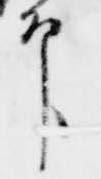
印